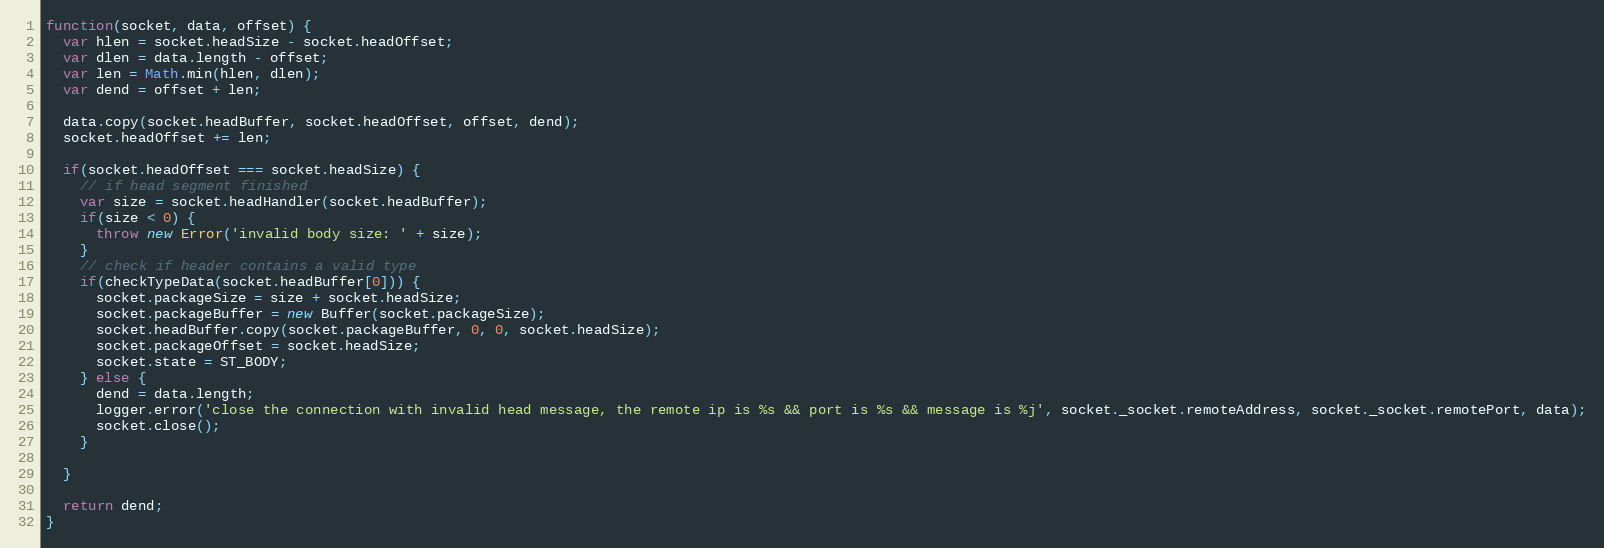
Language: JavaScript
function(socket, data, offset) {
  var hlen = socket.headSize - socket.headOffset;
  var dlen = data.length - offset;
  var len = Math.min(hlen, dlen);
  var dend = offset + len;

  data.copy(socket.headBuffer, socket.headOffset, offset, dend);
  socket.headOffset += len;

  if(socket.headOffset === socket.headSize) {
    // if head segment finished
    var size = socket.headHandler(socket.headBuffer);
    if(size < 0) {
      throw new Error('invalid body size: ' + size);
    }
    // check if header contains a valid type
    if(checkTypeData(socket.headBuffer[0])) {
      socket.packageSize = size + socket.headSize;
      socket.packageBuffer = new Buffer(socket.packageSize);
      socket.headBuffer.copy(socket.packageBuffer, 0, 0, socket.headSize);
      socket.packageOffset = socket.headSize;
      socket.state = ST_BODY;
    } else {
      dend = data.length;
      logger.error('close the connection with invalid head message, the remote ip is %s && port is %s && message is %j', socket._socket.remoteAddress, socket._socket.remotePort, data);
      socket.close();
    }

  }

  return dend;
}